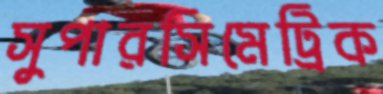
সুপারসিমেট্রিক